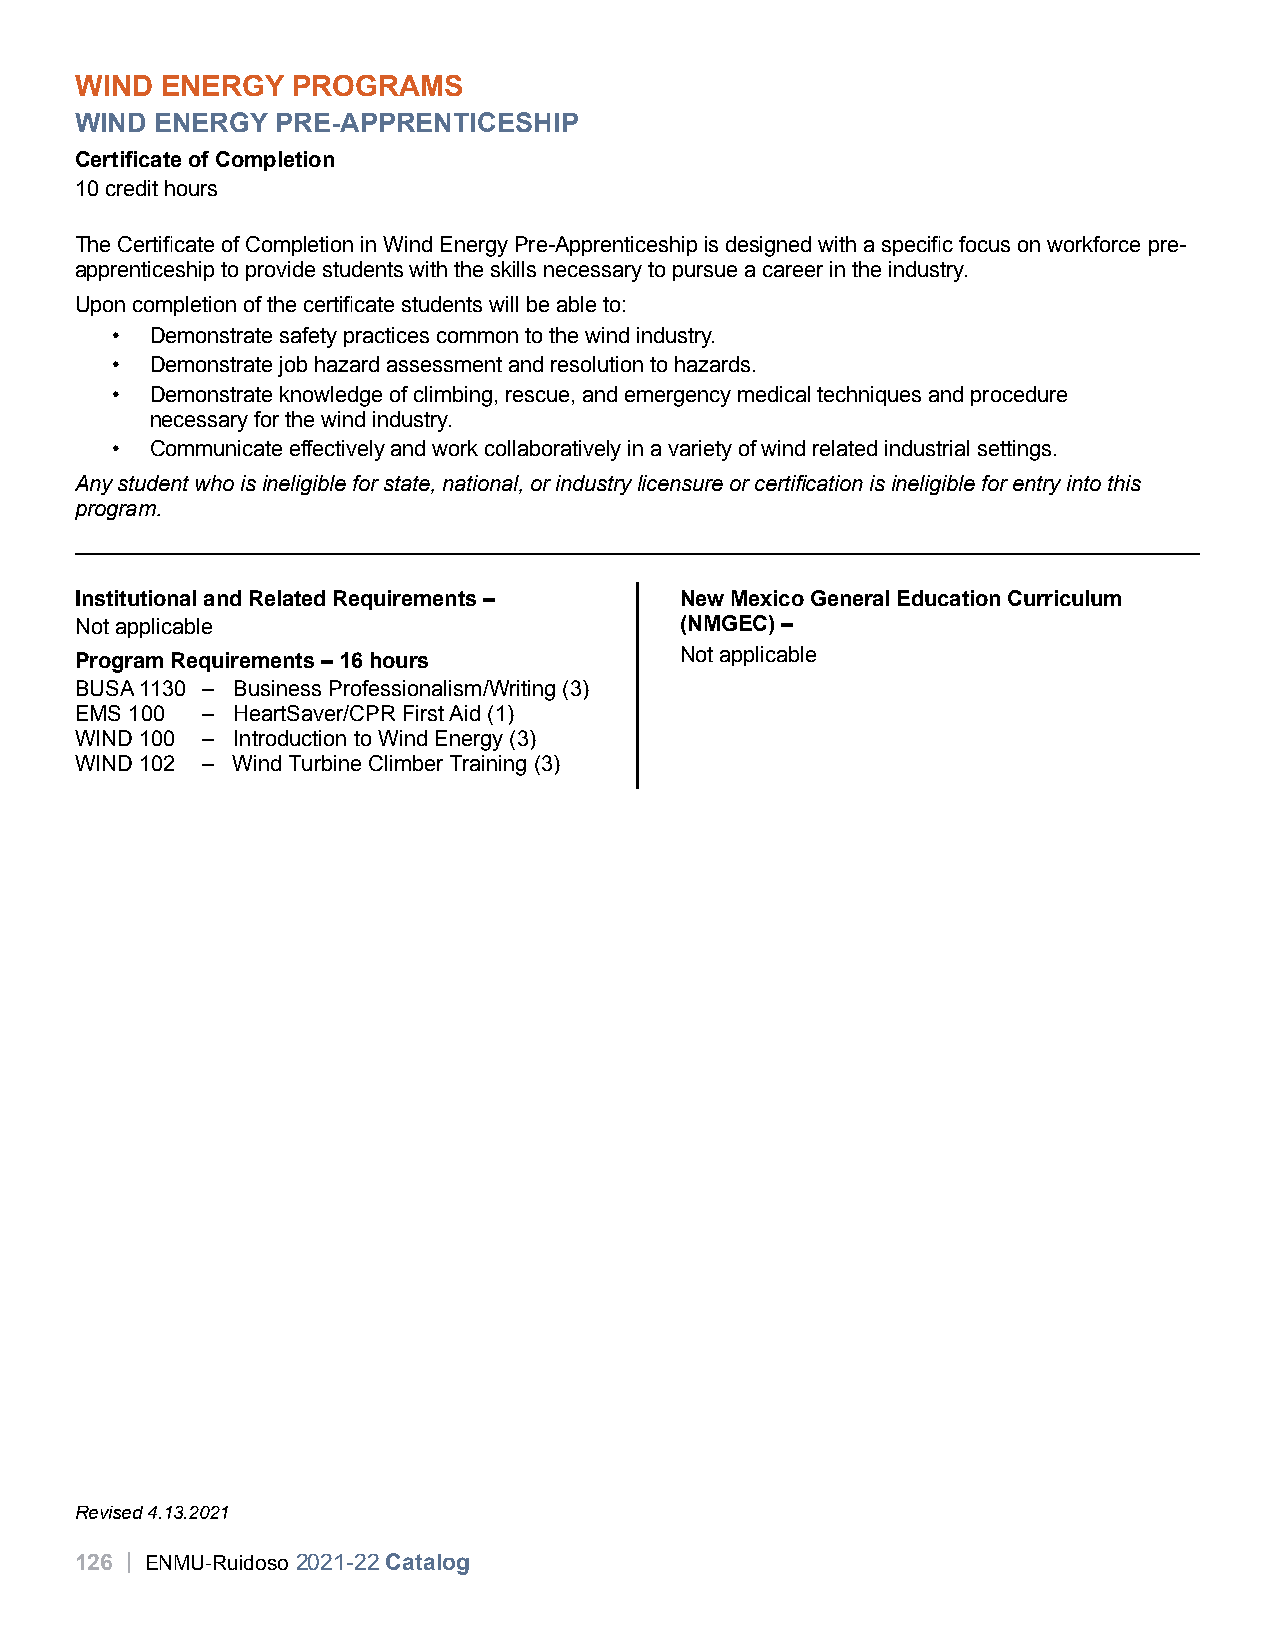
WIND  ENERGY  PROGRAMS
 WIND ENERGY  PRE-APPRENTICESHIP
 Certificate of Completion
 10 credit hours
 The Certificate of Completion in Wind Energy Pre-Apprenticeship is designed with a specific focus on workforce pre-
 apprenticeship to provide students with the skills necessary to pursue a career in the industry.
 Upon completion of the certificate students will be able to:
 •  Demonstrate safety practices common to the wind industry.
 •  Demonstrate job hazard assessment and resolution to hazards.
 •  Demonstrate knowledge of climbing, rescue, and emergency medical techniques and procedure
 necessary for the wind industry.
 •  Communicate effectively and work collaboratively in a variety of wind related industrial settings.
 Any student who is ineligible for state, national, or industry licensure or certification is ineligible for entry into this
 program.
 Institutional and Related Requirements – New Mexico General Education Curriculum
 Not applicable                          (NMGEC) –
 Not applicable
 Program Requirements – 16 hours
 BUSA 1130 – Business Professionalism/Writing (3)
 EMS 100 – HeartSaver/CPR First Aid (1)
 WIND 100 – Introduction to Wind Energy (3)
 WIND 102 – Wind Turbine Climber Training (3)
 Revised 4.13.2021
 126 | ENMU-Ruidoso 2021-22 Catalog